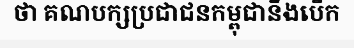
ថា គណបក្សប្រជាជនកម្ពុជានឹងបើក